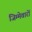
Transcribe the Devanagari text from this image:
जिम्मेवारों